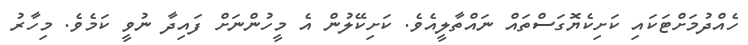
ހެއްދުމަށްޓަކައި ކަށިކެޔޮގަސްތައް ނައްތާލީއެވެ. ކަށިކޭލުން އެ މީހުންނަށް ފައިދާ ނުވީ ކަމެވެ. މިހާރު